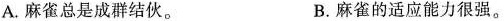
A.麻雀总是成群结伙。 B.麻雀的适应能力很强。